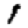
Digit: 1